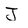
Character: J